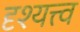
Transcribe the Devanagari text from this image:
दृश्‍यत्त्व